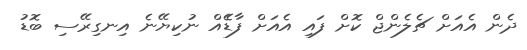
ދެން އެއަށް ޗެލެންޖް ކޮށް ފައި އެއަށް ފާޑެެއް ނުކިޔޭނެ އިނގިރޭސި ބޮޑު